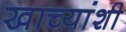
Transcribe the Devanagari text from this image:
खाच्यांशी